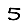
Digit: 5